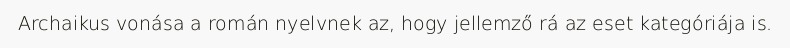
Archaikus vonása a román nyelvnek az, hogy jellemző rá az eset kategóriája is.